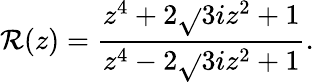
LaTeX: \mathcal{R}(z)=\frac{{z^{4}+2\sqrt{}{{3}}iz^{2}+1}}{{z^{4}-2\sqrt{}{{3}}iz^{2}+1}}.